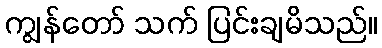
ကျွန်တော် သက် ပြင်းချမိသည်။